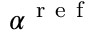
\alpha ^ { \mathrm { ~ r ~ e ~ f ~ } }